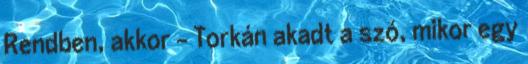
Rendben, akkor - Torkán akadt a szó, mikor egy